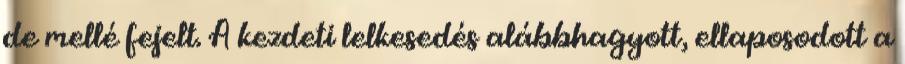
de mellé fejelt. A kezdeti lelkesedés alábbhagyott, ellaposodott a